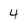
Character: 4